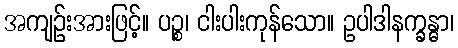
အကျဉ်းအားဖြင့်။ ပဉ္စ၊ ငါးပါးကုန်သော။ ဥပါဒါနက္ခန္ဓာ၊